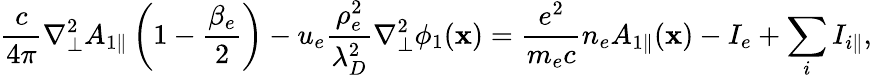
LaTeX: \frac{c}{4\pi}\nabla_{\perp}^{2}{A}_{1\parallel}\left(1-\frac{\beta_{e}}{2}\right)-u_{e}\frac{\rho_{e}^{2}}{\lambda_{D}^{2}}\nabla_{\perp}^{2}\phi_{1}(\textbf{x})=\frac{e^{2}}{m_{e}c}n_{e}{A}_{1\parallel}(\textbf{x})-I_{e}+\sum_{i}I_{i\parallel},